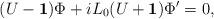
LaTeX: \begin{align*}(U-{\bf 1})\Phi + iL_0 (U+{\bf 1})\Phi' =0, \end{align*}